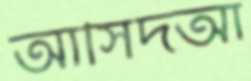
আসিদআ